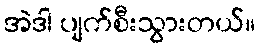
အဲဒါ ပျက်စီးသွားတယ်။